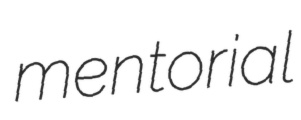
mentorial